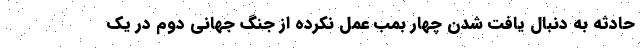
حادثه به دنبال یافت شدن چهار بمب عمل نکرده از جنگ جهانی دوم در یک